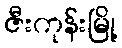
ဇီးကုန်းမြို့